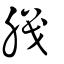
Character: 膱